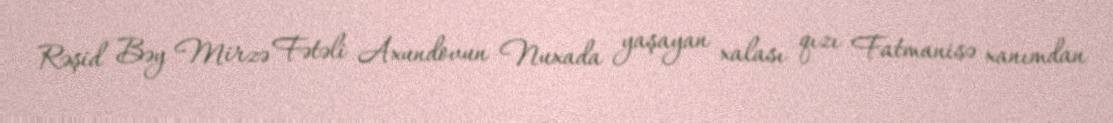
Rəşid Bəy Mirzə Fətəli Axundovun Nuxada yaşayan xalası qızı Fatmanisə xanımdan